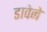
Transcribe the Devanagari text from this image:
डावेने